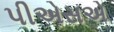
પીએસએ